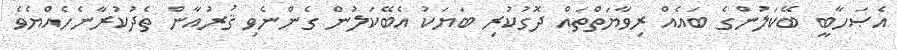
އެޞަހާބީ ބޭކަލުންގެ ބައެއް ރިވާޔަތްތައް ދޮގުކުރި ބަޔަކު އެބޭކަލުން ގެންނެވި ޤުރުއާން ތެދުކުރާނެހެއްޔެވެ